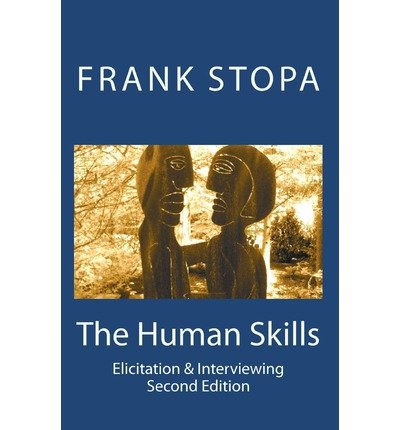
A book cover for The Human Skills: Elicitation & Interviewing (Second Edition) (Paperback) - Common; By (author) Frank Stopa; Law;